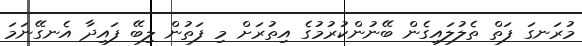
މުރަނގަ ފަތް ތެލުލައިގެން ބޭނުންކުރުމުގެ އިތުރަށް މި ފަތުން ލިބޭ ފައިދާ އެނގޭނަމަ